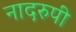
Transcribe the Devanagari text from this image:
नादरुपी